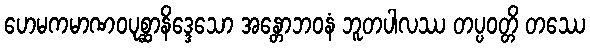
ဟေမကမာဏဝပုစ္ဆာနိဒ္ဒေသော အန္တောဘဝနံ ဘူတပါလဿ တပ္ပဝတ္တိ တဿေ